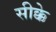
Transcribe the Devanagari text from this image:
सीक्के